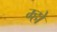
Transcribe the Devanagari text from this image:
म्हो